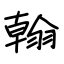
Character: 翰